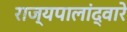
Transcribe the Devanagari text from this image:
राज्यपालांद्वारे